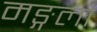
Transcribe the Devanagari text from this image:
मङ्गलो